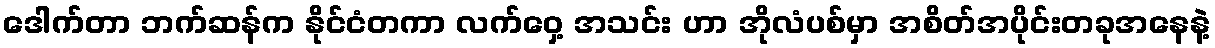
ဒေါက်တာ ဘက်ဆန်က နိုင်ငံတကာ လက်ဝှေ့ အသင်း ဟာ အိုလံပစ်မှာ အစိတ်အပိုင်းတခုအနေနဲ့